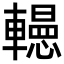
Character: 𨏀